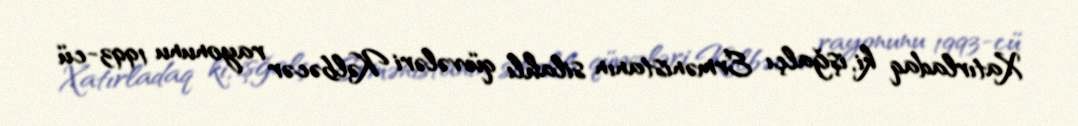
Xatırladaq ki, işğalçı Ermənistanın silahlı qüvvələri Kəlbəcər rayonunu 1993-cü